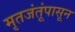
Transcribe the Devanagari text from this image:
मृतजंतूंपासून